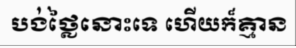
បង់ថ្លៃនោះទេ ហើយក៏គ្មាន